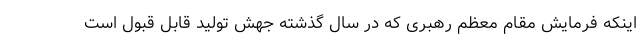
اینکه فرمایش مقام معظم رهبری که در سال گذشته جهش تولید قابل قبول است